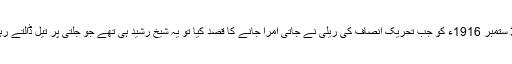
30 ستمبر 1916ء کو جب تحریکِ انصاف کی ریلی نے جاتی اُمرا جانے کا قصد کیا تو یہ شیخ رشید ہی تھے جو جلتی پر تیل ڈالتے رہے۔